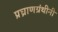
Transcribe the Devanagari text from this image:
प्रघ्राणग्रंथीनी